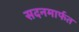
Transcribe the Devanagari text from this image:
सदनमार्फत